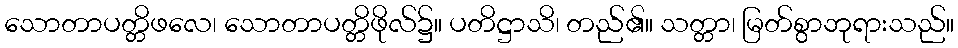
သောတာပတ္တိဖလေ၊ သောတာပတ္တိဖိုလ်၌။ ပတိဋ္ဌာသိ၊ တည်၏။ သတ္တာ၊ မြတ်စွာဘုရားသည်။